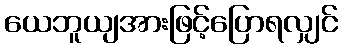
ယေဘူယျအားဖြင့်ပြောရလျှင်